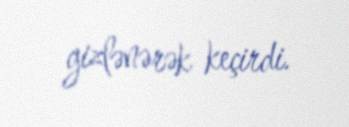
gizlənərək keçirdi.